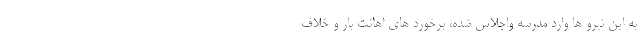
به این نیرو ها وارد مدرسه واجلاس شده‌، برخورد های اهانت بار و خلاف